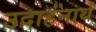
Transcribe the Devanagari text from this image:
उदाहंनार्थ